Document type: Sale
Year: 1235
Scribe: Pere de Bages
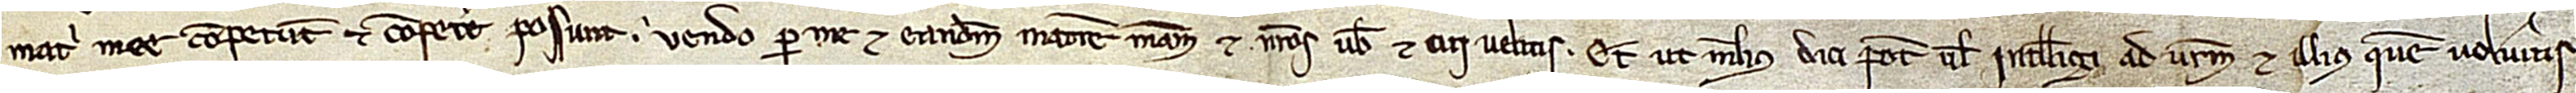
matri mee competunt et competere possunt, vendo per me et eandem matrem meam et nostros vobis et cui velitis. Et ut melius dici potest vel intelligi ad vestrum et illius quem volueritis